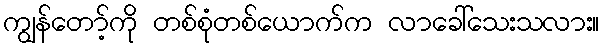
ကျွန်တော့်ကို တစ်စုံတစ်ယောက်က လာခေါ်သေးသလား။